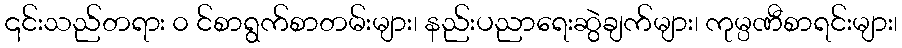
၎င်းသည်တရား ၀ င်စာရွက်စာတမ်းများ၊ နည်းပညာရေးဆွဲချက်များ၊ ကုမ္ပဏီစာရင်းများ၊